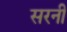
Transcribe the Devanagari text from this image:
सरनी